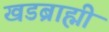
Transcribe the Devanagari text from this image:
खडब्राह्मी